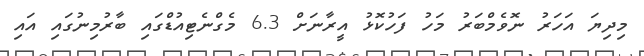
މިދިޔަ އަހަރު ނޮވެމްބަރު މަހު ފަހުކޮޅު އީރާނަށް 6.3 މެގްނެޓިއުޑްގައި ބާރުމިނުގައި އައި